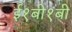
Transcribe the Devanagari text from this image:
ई१बी१बी